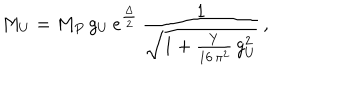
M _ { U } = M _ { P } \, g _ { U } \, e ^ { \frac { \Delta } { 2 } } \, \frac { 1 } { \sqrt { 1 + \frac { Y } { 1 6 \, \pi ^ { 2 } } \, g _ { U } ^ { 2 } } } \, ,